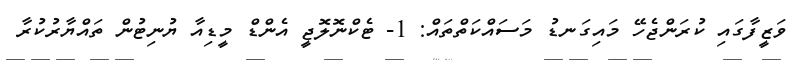
ވަޒީފާގައި ކުރަންޖެހޭ މައިގަނޑު މަސައްކަތްތައް: 1- ޓެކްނޮލޮޖީ އެންޑް މީޑިއާ ޔުނިޓުން ތައްޔާރުކުރާ